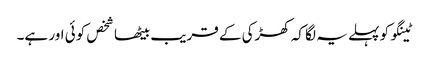
ٹینگو کو پہلے یہ لگا کہ کھڑکی کے قریب بیٹھا شخص کوئی اور ہے۔